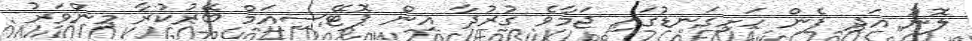
ލޮނު އަދި ފެން ހަށިގަނޑުގައި ޖަމާވެ ގުރުދާ އިން ޕޮޓޭސިއަމް ބޭރުކުރާ މިންވަރު